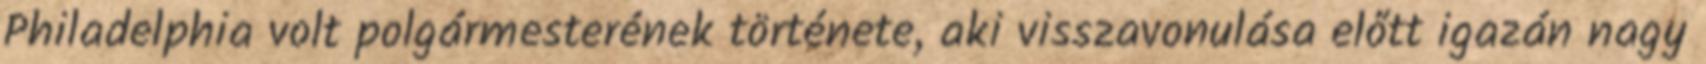
Philadelphia volt polgármesterének története, aki visszavonulása előtt igazán nagy